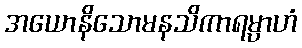
အယောနိသောမနသိကာရမ္ပာဟံ